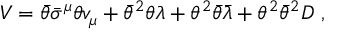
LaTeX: V = \bar { \theta } \bar { \sigma } ^ { \mu } \theta v _ { \mu } + \bar { \theta } ^ { 2 } \theta \lambda + \theta ^ { 2 } \bar { \theta } \bar { \lambda } + \theta ^ { 2 } \bar { \theta } ^ { 2 } D ~ ,